Standards of the constituents of the urine and blood and the bearing of the metabolism of Bengalis on the problems of nutrition - Number 34
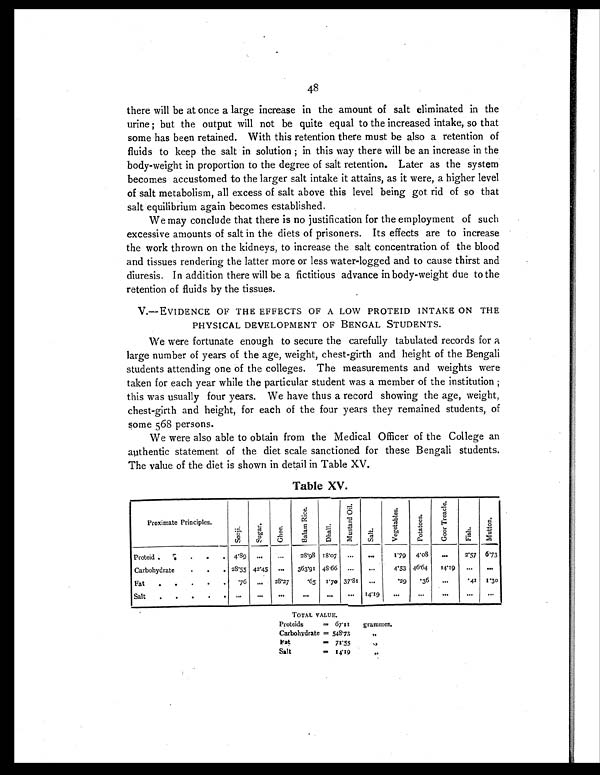
48
there will be at once a large increase in the amount of salt eliminated in the
urine ; but the output will not be quite equal to the increased intake, so that
some has been retained. With this retention there must be also a retention of
fluids to keep the salt in solution ; in this way there will be an increase in the
body-weight in proportion to the degree of salt retention. Later as the system
becomes accustomed to the larger salt intake it attains, as it were, a higher level
of salt metabolism, all excess of salt above this level being got rid of so that
salt equilibrium again becomes established.
We may conclude that there is no justification for the employment of such
excessive amounts of salt in the diets of prisoners. Its effects are to increase
the work thrown on the kidneys, to increase the salt concentration of the blood
and tissues rendering the latter more or less water-logged and to cause thirst and
diuresis. In addition there will be a fictitious advance in body-weight due to the
retention of fluids by the tissues.
V.—EVIDENCE OF THE EFFECTS OF A LOW PROTEID INTAKE ON THE
PHYSICAL DEVELOPMENT OF BENGAL STUDENTS.
We were fortunate enough to secure the carefully tabulated records for a
large number of years of the age, weight, chest-girth and height of the Bengali
students attending one of the colleges. The measurements and weights were
taken for each year while the particular student was a member of the institution ;
this was usually four years. We have thus a record showing the age, weight,
chest-girth and height, for each of the four years they remained students, of
some 568 persons.
We were also able to obtain from the Medical Officer of the College an
authentic statement of the diet scale sanctioned for these Bengali students.
The value of the diet is shown in detail in Table XV.
Table XV.
Proximate Principles
S o o j i . S u g a r .
G h e e .
B a l a m R i c e .
D h a l l .
M u s t a r d O i l .
S a l t .
V e g e t a b l e s . P o t a t o e s .
G o o r T r e a c l e .
F i s h .
M u t t o n .
Proteid . . . . . 4.89 . . .
... 28.98 18.07 . . . ...
1.79 4.08 ... 2.57 6.73
Carbohydrate . . . 28.55 42.45 . . . 363.91 48.66 ... ...
4.53 46.64 14.19
. . .
. . .
Fat . . . . .
. 7 6 ... 28.27 .65 1.70 37.81 ...
.29
. 3 6 ...
. 4 1 1.30
Salt . . . . . ... ... ...
. .
...
. . .
14.19...
. . .
. . . . . .
. . .
TOTAL VALUE.
Proteids = 67.11 grammes.
Carbohydrate = 548.73
„
Fat = 71.55
„
Salt = 14.19
„